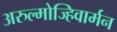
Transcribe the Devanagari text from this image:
अरुल्मोज्हिवार्मन